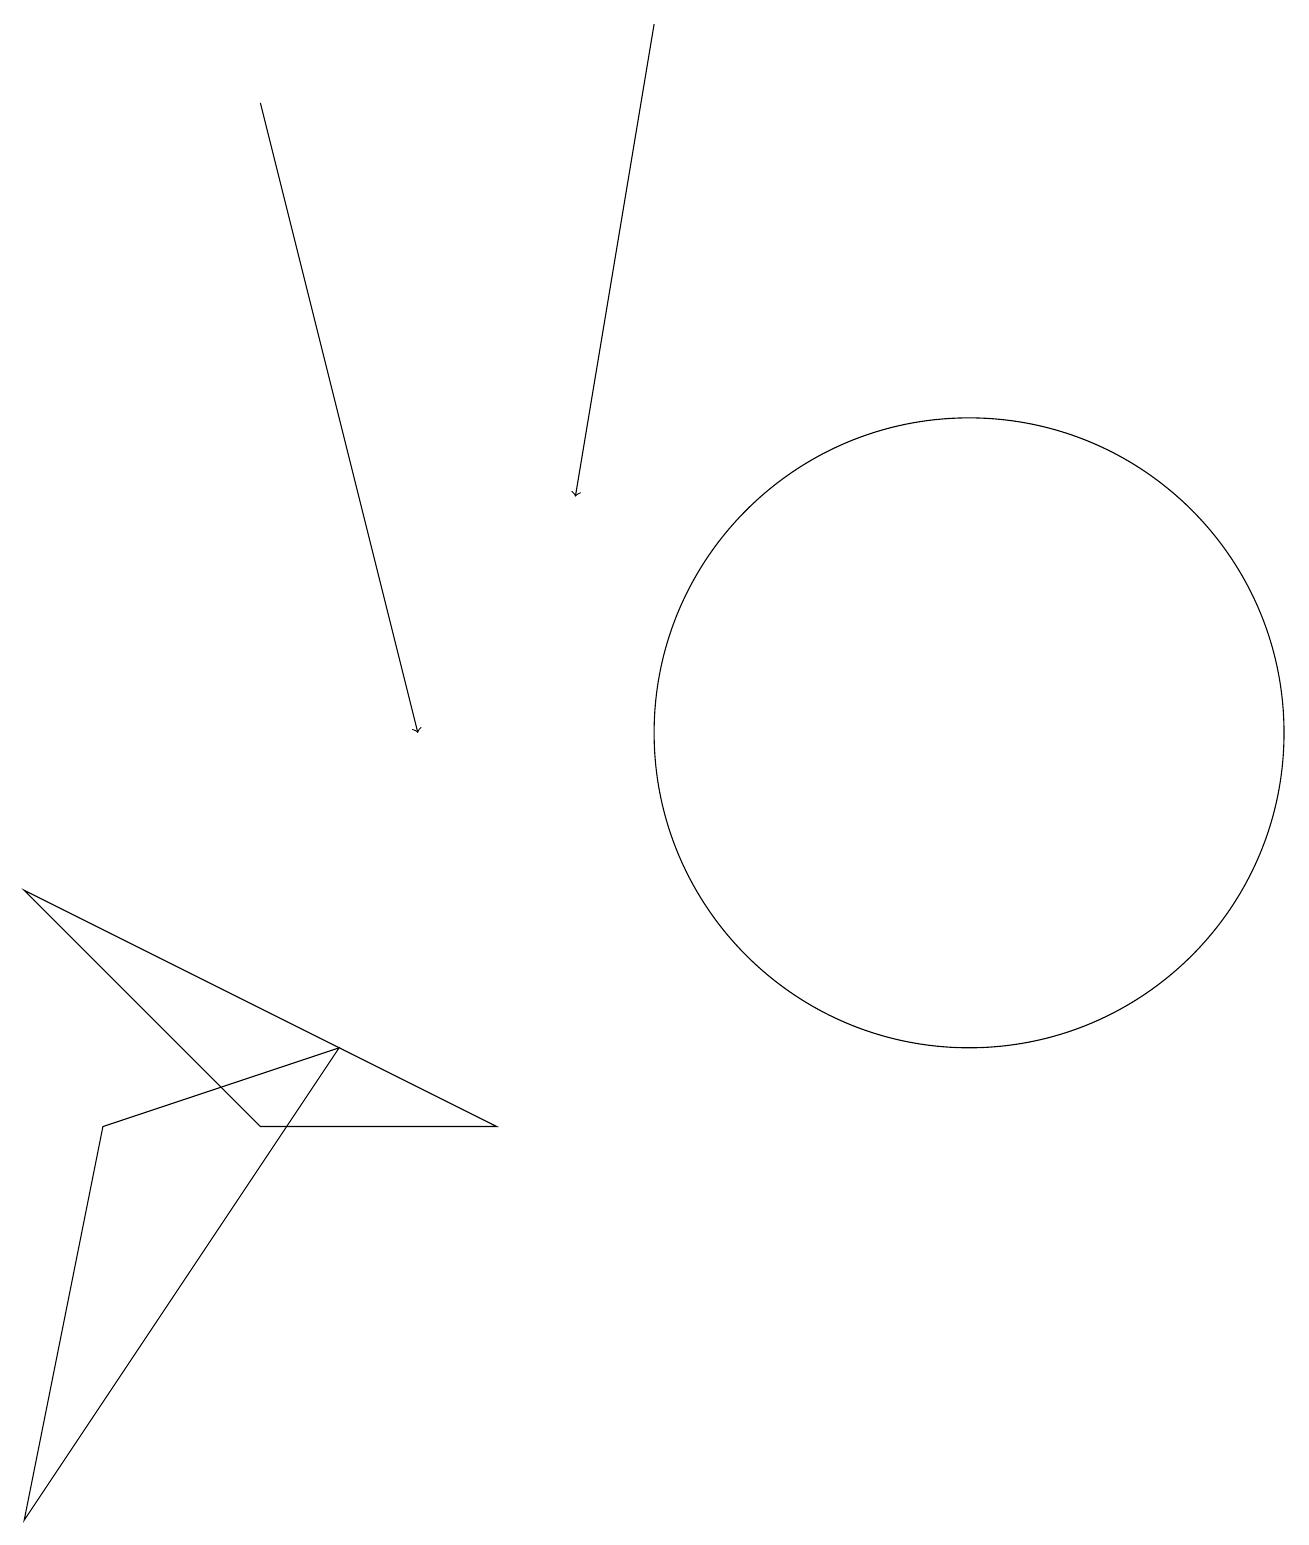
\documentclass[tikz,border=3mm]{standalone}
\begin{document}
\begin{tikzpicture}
\draw[->] (3,18) -- (5,10);
\draw[->] (8,19) -- (7,13);
\draw (0,8) -- (3,5) -- (6,5) -- cycle;
\draw (12,10) circle (4);
\draw (1,5) -- (4,6) -- (0,0) -- cycle;
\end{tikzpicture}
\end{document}